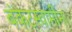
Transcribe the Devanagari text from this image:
बंकटस्वामींना